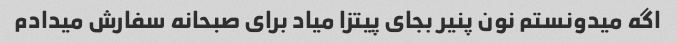
اگه میدونستم نون پنیر بجای پیتزا میاد برای صبحانه سفارش میدادم